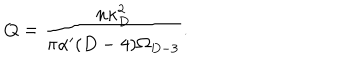
Q = { \frac { n \kappa _ { D } ^ { 2 } } { \pi \alpha ^ { \prime } ( D - 4 ) \Omega _ { D - 3 } } } .